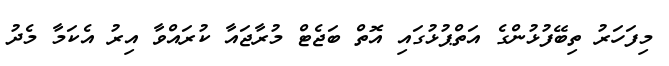
މިފަހަރު ތިބޭފުޅުންގެ އަތްޕުޅުގައި އޮތް ބަޖެޓް މުރާޖައާ ކުރައްވާ އިރު އެކަމާ މެދު